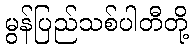
မွန်ပြည်သစ်ပါတီတို့